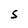
Character: S